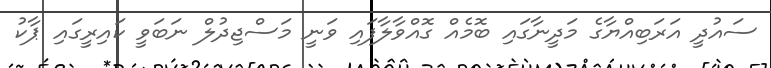
ސައުދީ އަރަބިއްޔާގެ މަދީނާގައި ބޮމެއް ގޮއްވާލާފައި ވަނީ މަސްޖިދުލް ނަބަވީ ކައިރީގައި ޕާކު